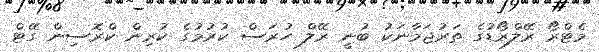
މެޓްރޯ ރޭލްރޯޑުގެ ތަރުޖަމާނަކު ބުނީ ރޭލް ހުރަސް ކުރުމުގެ ކުރިން ކްރޮސިން ގޭޓް